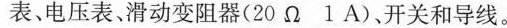
表、电压表、滑动变阻器(20Ω 1 A)、开关和导线。